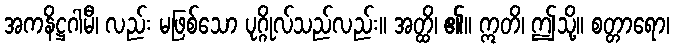
အကနိဋ္ဌဂါမီ၊ လည်း မဖြစ်သော ပုဂ္ဂိုလ်သည်လည်း။ အတ္ထိ၊ ၏။ ဣတိ၊ ဤသို့။ စတ္တာရော၊